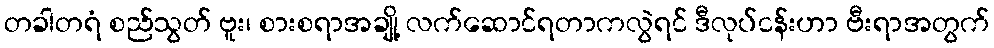
တခါတရံ စည်သွတ် ဗူး၊ စားစရာအချို့ လက်ဆောင်ရတာကလွဲရင် ဒီလုပ်ငန်းဟာ ဗီးရာအတွက်